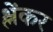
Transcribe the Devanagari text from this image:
श्लेंकर